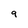
Character: 9